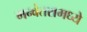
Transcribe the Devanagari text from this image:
मन्वंतरामध्ये